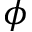
\boldsymbol { \phi }